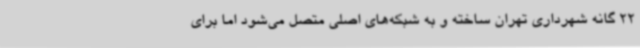
22 گانه شهرداری تهران ساخته و به شبکه‌های اصلی متصل می‌شود اما برای